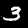
Digit: 3